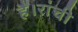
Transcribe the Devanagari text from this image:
है।रांची